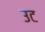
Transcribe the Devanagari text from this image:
उट